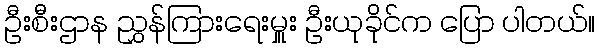
ဦးစီးဌာန ညွှန်ကြားရေးမှူး ဦးယုခိုင်က ပြော ပါတယ်။